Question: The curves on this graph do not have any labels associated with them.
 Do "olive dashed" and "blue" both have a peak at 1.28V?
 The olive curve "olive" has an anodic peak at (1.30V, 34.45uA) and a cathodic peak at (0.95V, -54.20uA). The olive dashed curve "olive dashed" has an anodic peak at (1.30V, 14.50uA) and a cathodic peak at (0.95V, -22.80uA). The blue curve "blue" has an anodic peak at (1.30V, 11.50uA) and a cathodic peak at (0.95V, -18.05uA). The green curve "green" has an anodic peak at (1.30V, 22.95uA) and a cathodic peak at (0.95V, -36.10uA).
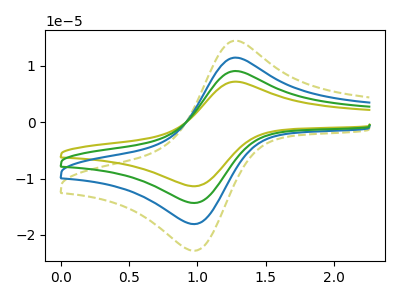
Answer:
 <answer>Yes, "olive dashed" and "blue" share a peak at 1.28V.</answer>
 <eval>match</eval>